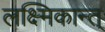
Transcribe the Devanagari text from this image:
लक्ष्मिकान्त्